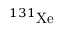
^ { 1 3 1 } \mathrm { X e }